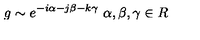
g \sim e ^ { - i \alpha - j \beta - k \gamma } \ \alpha , \beta , \gamma \in R